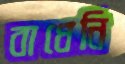
বাধেনি